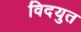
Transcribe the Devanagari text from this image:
विदयुत